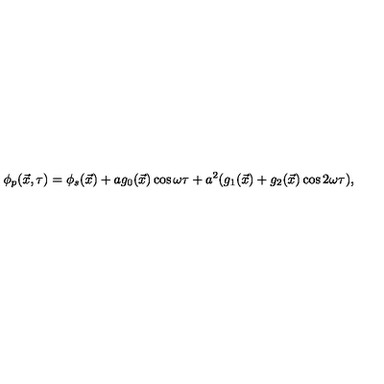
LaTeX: \phi _ { p } ( \vec { x } , \tau ) = \phi _ { s } ( \vec { x } ) + a g _ { 0 } ( \vec { x } ) \cos \omega \tau + a ^ { 2 } ( g _ { 1 } ( \vec { x } ) + g _ { 2 } ( \vec { x } ) \cos 2 \omega \tau ) ,